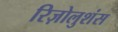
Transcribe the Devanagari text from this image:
रिज़ोलुशंस